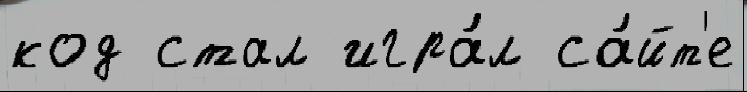
код стал игра́л са́йт'е